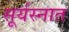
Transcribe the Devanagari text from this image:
सूर्यस्नात